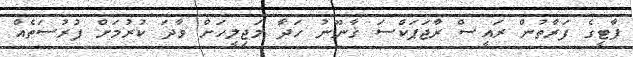
ޕާޓީގެ ފަރާތުން ރައީސް ރާޖަޕަކްސަ ޤާނޫނު ހަދާ މަޖިލީހަށް ވާދަ ކުރުމަށް ފުރުސަތެއް